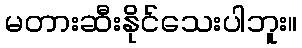
မတားဆီးနိုင်သေးပါဘူး။